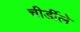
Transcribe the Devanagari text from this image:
चीर्डीले